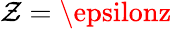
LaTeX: \mathcal{Z}=\epsilonz